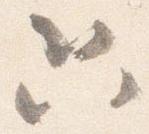
只